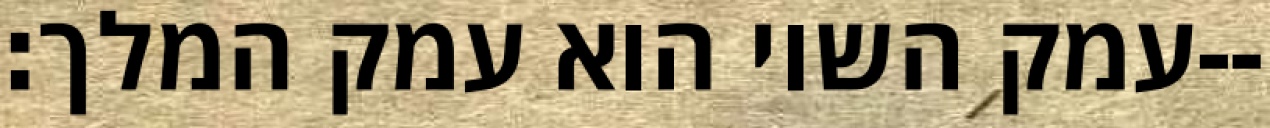
עמק השוי הוא עמק המלך׃--